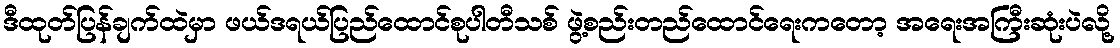
ဒီထုတ်ပြန်ချက်ထဲမှာ ဖယ်ဒရယ်ပြည်ထောင်စုပါတီသစ် ဖွဲ့စည်းတည်ထောင်ရေးကတော့ အရေးအကြီးဆုံးပဲလို့